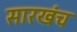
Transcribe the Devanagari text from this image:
सारखंच